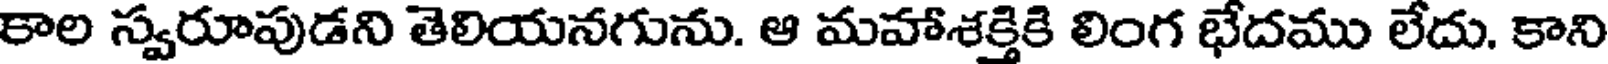
కాల స్వరూపుడని తెలియనగును. ఆ మహాశక్తికి లింగ భేదము లేదు. కాని